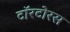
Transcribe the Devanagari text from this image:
टॉरटोरस